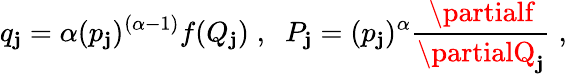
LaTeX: q_{\mathbf{j}}=\alpha({p_{\mathbf{j}}})^{(\alpha-1)}f(Q_{\mathbf{j}})\; ,\; \; P_{\mathbf{j}}=({p_{\mathbf{j}}})^{\alpha}\frac{{\partialf}}{{\partialQ_{\mathbf{j}}}}\; ,